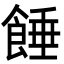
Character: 𩜀